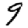
Digit: 9